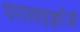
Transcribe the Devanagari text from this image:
परासाइक्लॉजी